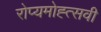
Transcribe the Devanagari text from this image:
रोप्यमोह्त्सवी